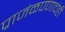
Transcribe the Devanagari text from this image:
प्राजंळपणाचंही